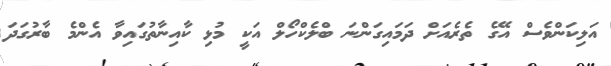
އަލިކަންވެސް އޭގެ ތެރެއަށް ދަމައިގަންނަ ބްލެކްހޯލް އަކީ މުޅި ކާއިނާތުގައިވާ އެންމެ ބާރުގަދަ